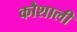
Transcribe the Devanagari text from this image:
कौशाली